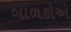
બાળકોએ